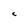
Character: c